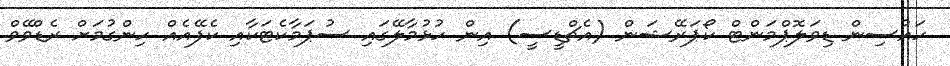
ހައުސިން ޑިވަލޮޕްމަންޓް ކޯޕަރޭޝަން (އެޗްޑީސީ) އިން ހުޅުމާލޭގައި ސުޕަމާކެޓަކާއި ކެފޭއެއް ހިންގުމަށް ރެޑްވޭވް